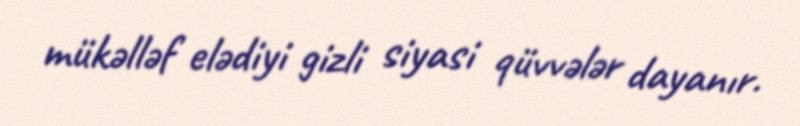
mükəlləf elədiyi gizli siyasi qüvvələr dayanır.